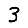
Digit: 3